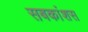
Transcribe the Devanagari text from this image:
सबकांशस